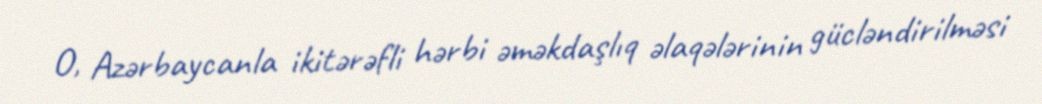
O, Azərbaycanla ikitərəfli hərbi əməkdaşlıq əlaqələrinin gücləndirilməsi